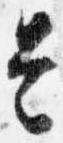
是